Punjab Mental Hospital Lahore 1932-46 - 1932-1946
Year: 1932
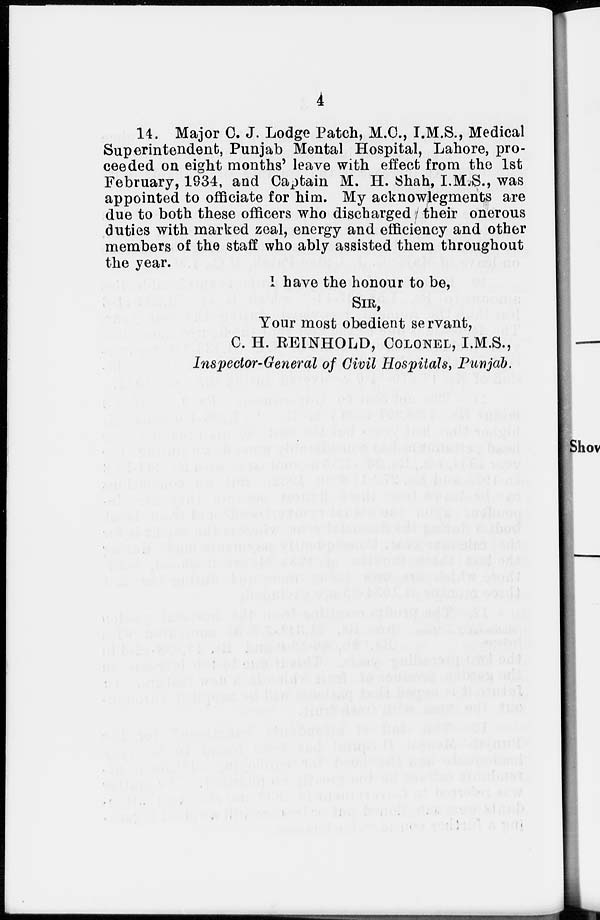
4
14. Major C. J. Lodge Patch, M.C., I.M.S., Medical
Superintendent, Punjab Mental Hospital, Lahore, pro-
ceeded on eight months' leave with effect from the 1st
February, 1934, and Captain M. H. Shah, I.M.S., was
appointed to officiate for him. My acknowlegments are
due to both these officers who discharged their onerous
duties with marked zeal, energy and efficiency and other
members of the staff who ably assisted them throughout
the year.
I have the honour to be,
SIR,
Your most obedient servant,
C. H. REINHOLD, COLONEL, I.M.S.,
Inspector-General of Civil Hospitals, Punjab.